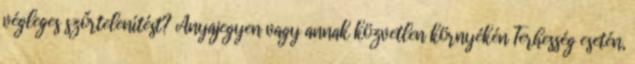
végleges szőrtelenítést? Anyajegyen vagy annak közvetlen környékén Terhesség esetén,